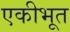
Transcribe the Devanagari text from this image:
एकीभूत